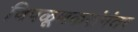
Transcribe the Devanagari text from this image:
चिपळूणकरांनंतर